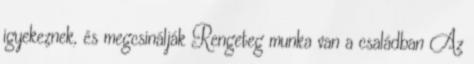
igyekeznek, és megcsinálják Rengeteg munka van a családban Az